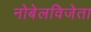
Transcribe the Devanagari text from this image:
नोबेलविजेता